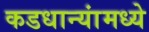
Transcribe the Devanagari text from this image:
कडधान्यांमध्ये